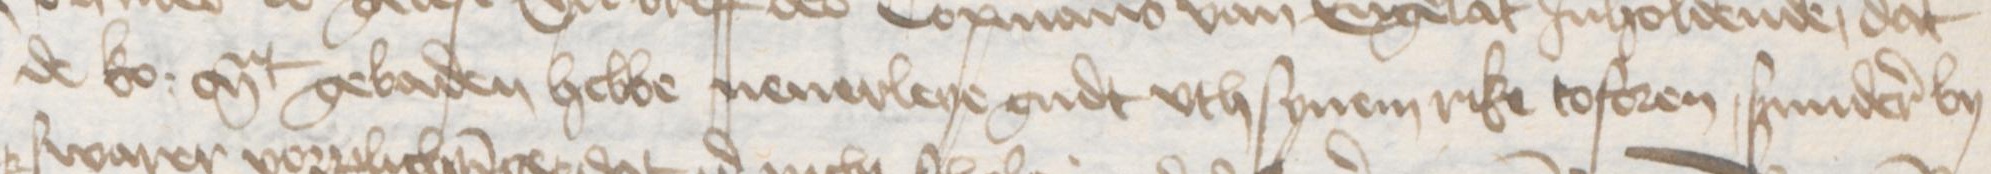
Transcription: de ko: Mt gebaden hebbe nenerleye gudt vth synem rike toforen, sunderer by